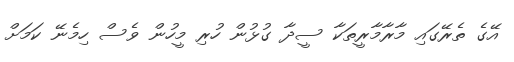
އޭގެ ތެރޭގައި މާރާމާރީތަކާ ސީދާ ގުޅުން ހުރި މީހުން ވެސް ހިމެނޭ ކަމަށް